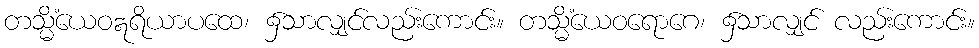
တသ္မိံယေဝဣရိယာပထေ၊ ၌သာလျှင်လည်းကောင်း။ တသ္မိံယေဝရောဂေ၊ ၌သာလျှင် လည်းကောင်း။